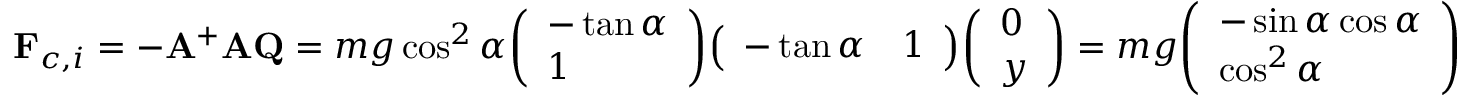
\mathbf { F } _ { c , i } = - \mathbf { A } ^ { + } \mathbf { A } \mathbf { Q } = m g \cos ^ { 2 } \alpha { \left( \begin{array} { l } { - \tan \alpha } \\ { 1 } \end{array} \right) } { \left( \begin{array} { l l } { - \tan \alpha } & { 1 } \end{array} \right) } { \left( \begin{array} { l } { 0 } \\ { y } \end{array} \right) } = m g { \left( \begin{array} { l } { - \sin \alpha \cos \alpha } \\ { \cos ^ { 2 } \alpha } \end{array} \right) }